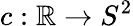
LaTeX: c:\mathbb{R}\to S^{2}